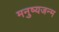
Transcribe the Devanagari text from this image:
मनुष्यजन्म